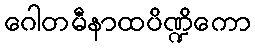
ဂေါတမီနာထပိဏ္ဍိကော